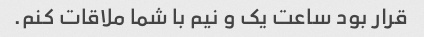
قرار بود ساعت یک و نیم با شما ملاقات کنم.